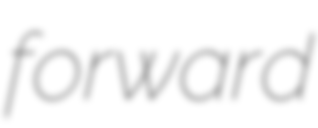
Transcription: forward